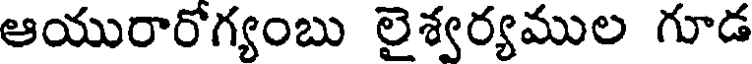
ఆయురారోగ్యంబు లైశ్వర్యముల గూడ